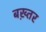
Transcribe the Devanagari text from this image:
बख़्तर